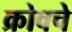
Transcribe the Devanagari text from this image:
क्रोवचे